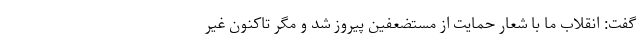
گفت: انقلاب ما با شعار حمایت از مستضعفین پیروز شد و مگر تاکنون غیر